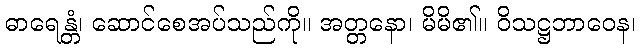
ဓာရေန္တံ၊ ဆောင်စေအပ်သည်ကို။ အတ္တနော၊ မိမိ၏။ ဝိသဋ္ဌဘာဝေန၊